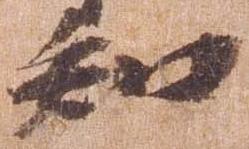
知